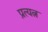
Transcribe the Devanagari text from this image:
प्रत्यत्न